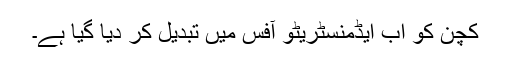
کچن کو اب ایڈمنسٹریٹو آفس میں تبدیل کر دیا گیا ہے۔